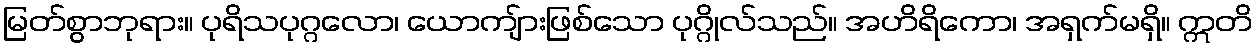
မြတ်စွာဘုရား။ ပုရိသပုဂ္ဂလော၊ ယောကျ်ားဖြစ်သော ပုဂ္ဂိုလ်သည်။ အဟိရိကော၊ အရှက်မရှိ။ ဣတိ